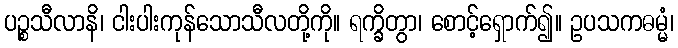
ပဉ္စသီလာနိ၊ ငါးပါးကုန်သောသီလတို့ကို။ ရက္ခိတွာ၊ စောင့်ရှောက်၍။ ဥပသကဓမ္မံ၊